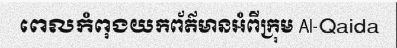
ពេលកំពុងយកព័ត៌មានអំពីក្រុម Al-Qaida